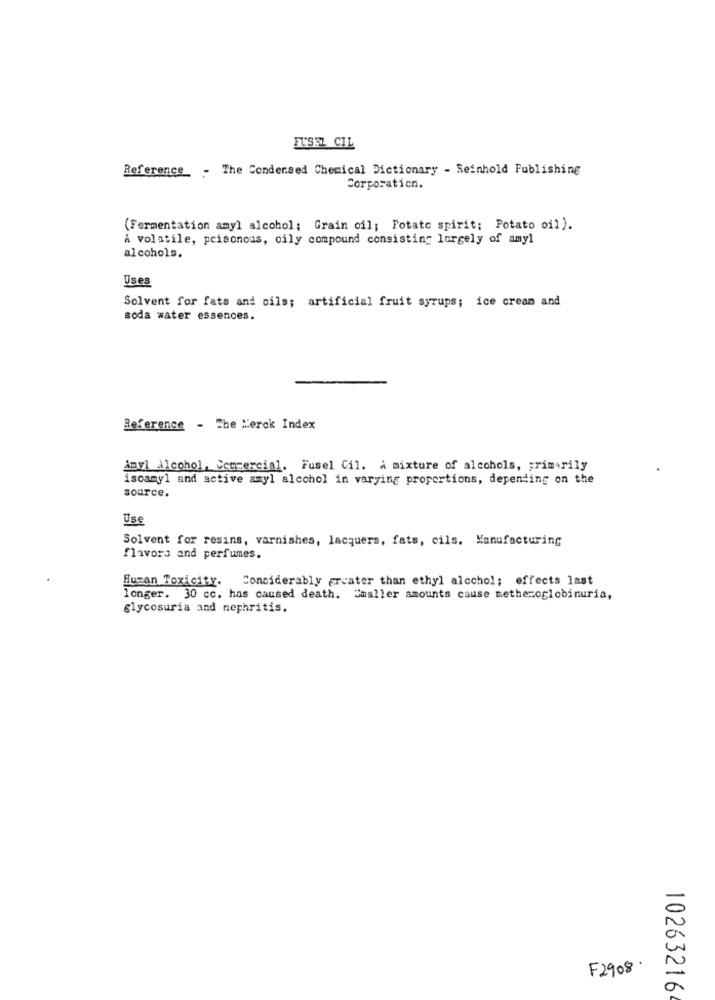
EU'SEL CIL
Reference_ - The Condensed Chemical Dictionary - Reinhold Publishing
Corporation.
(Fermentation amyl alcohol; Grain oil; Potato spirit; Potato oil).
A volatile, poisonous, oily compound consisting largely of amyl
alcohols.
Uses
Solvent for fats and oils; artificial fruit syrups; ice cream and
soda water essences.
Reference - The Merck Index
Amvi alcohol, Commercial. Fusel Cil. a mixture of alcohols, primarily
iscamyl and active amyl alcohol in varying proportions, depending on the
source.
Use
Solvent for resins, varnishes, lacquers, fats, cils. Manufacturing
flavors and perfumes.
Human Toxicity. Considerably greater than ethyl alcohol; effects last
longer. 30 cc. has caused death. Smaller amounts cause methemoglobinuria,
glycosuria and nephritis.
F2908.
10263216